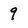
Character: 9